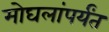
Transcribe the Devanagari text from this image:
मोघलांपर्यंत